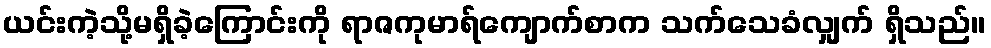
ယင်းကဲ့သို့မရှိခဲ့ကြောင်းကို ရာဇကုမာရ်ကျောက်စာက သက်သေခံလျှက် ရှိသည်။